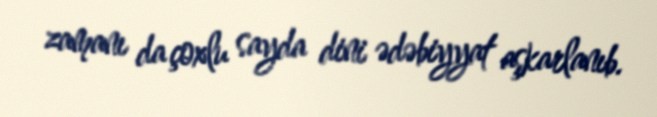
zamanı da çoxlu sayda dini ədəbiyyat aşkarlanıb.